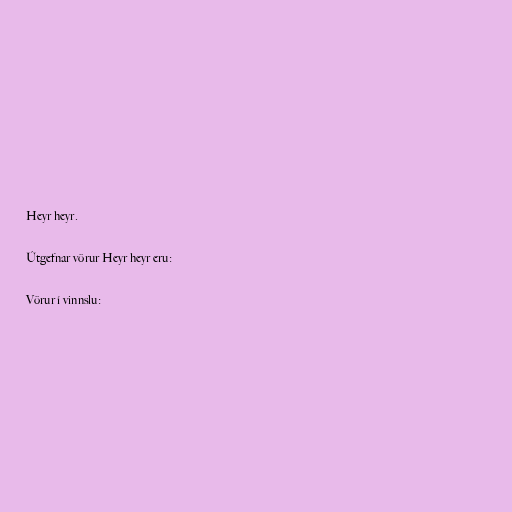
Heyr heyr.

Útgefnar vörur Heyr heyr eru:

Vörur í vinnslu: